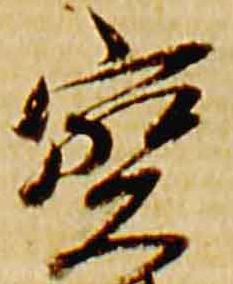
宝